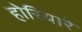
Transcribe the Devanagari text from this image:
होरियारे